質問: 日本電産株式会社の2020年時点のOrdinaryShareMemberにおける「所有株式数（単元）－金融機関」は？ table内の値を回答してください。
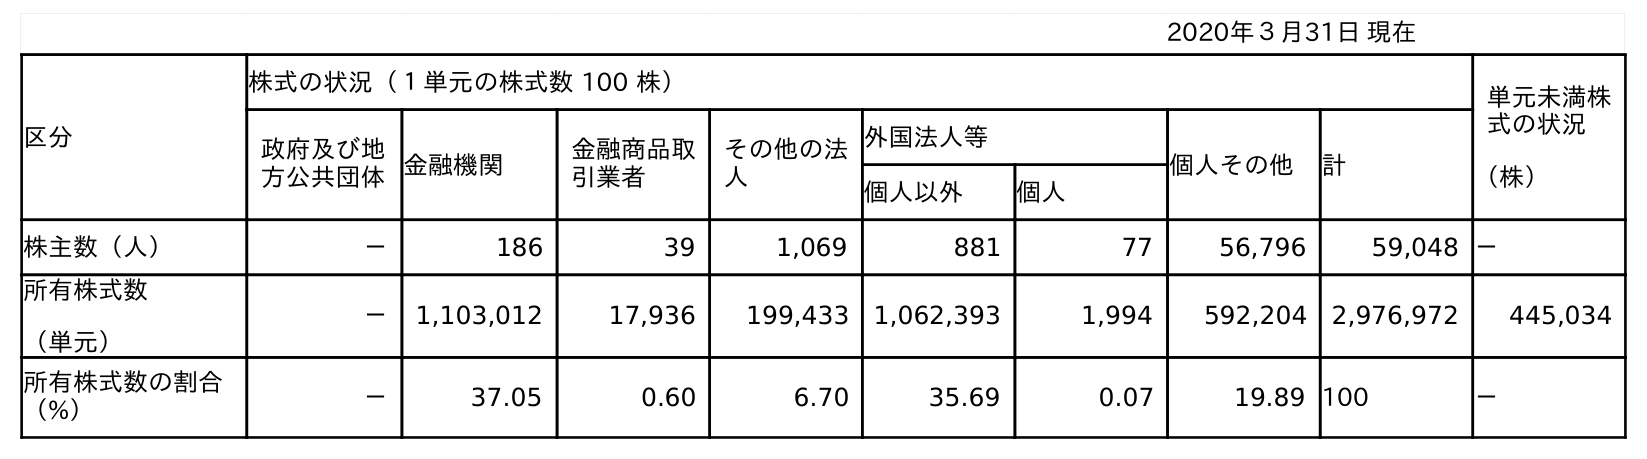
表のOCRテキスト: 2020年３月31日 現在 区分 株式の状況（１単元の株式数 100 株） 単元未満株 式の状況 （株） 政府及び地 方公共団体金融機関 金融商品取 引業者 その他の法 人 外国法人等 個人その他 計 個人以外 個人 株主数（人） － 186 39 1,069 881 77 56,796 59,048 － 所有株式数 （単元） － 1,103,012 17,936 199,433 1,062,393 1,994 592,204 2,976,972 445,034 所有株式数の割合 （%） － 37.05 0.60 6.70 35.69 0.07 19.89 100 －
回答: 1,103,012